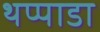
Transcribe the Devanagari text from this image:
थप्पाडा